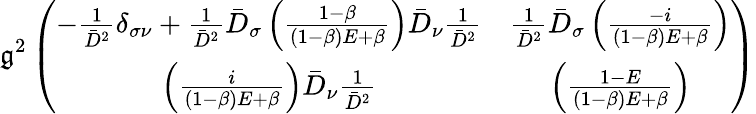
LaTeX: \mathfrak{g}^{2}\left(\begin{array}{cc}{{-\frac{1}{\bar{D}^{2}}\delta_{\sigma\nu}+\frac{1}{\bar{D}^{2}}\bar{D}_{\sigma}\left(\frac{1-\beta}{(1-\beta)E+\beta}\right)\bar{D}_{\nu}\frac{1}{\bar{D}^{2}}}}&{{\frac{1}{\bar{D}^{2}}\bar{D}_{\sigma}\left(\frac{-i}{(1-\beta)E+\beta}\right)}}\\ {{\left(\frac{i}{(1-\beta)E+\beta}\right)\bar{D}_{\nu}\frac{1}{\bar{D}^{2}}}}&{{\left(\frac{1-E}{(1-\beta)E+\beta}\right)}}\end{array}\right)